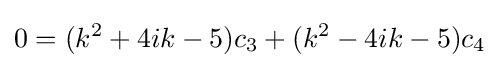
0=(k^{2}+4ik-5)c_{3}+(k^{2}-4ik-5)c_{4}